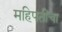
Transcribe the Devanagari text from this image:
महिपतींचा